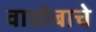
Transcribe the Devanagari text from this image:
वाघोबाचे